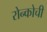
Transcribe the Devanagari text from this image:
रोन्कोची